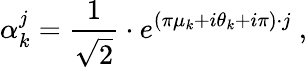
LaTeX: \alpha_{k}^{j}={\frac{1}{\sqrt{2}}}\cdot e^{(\pi\mu_{k}+i\theta_{k}+i\pi)\cdot j}\ ,